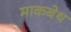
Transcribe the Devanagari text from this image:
माकबेथ